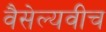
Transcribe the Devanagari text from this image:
वैसेल्यवीच